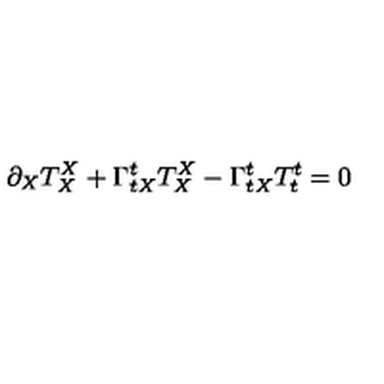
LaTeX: \partial _ { X } T _ { X } ^ { X } + \Gamma _ { t X } ^ { t } T _ { X } ^ { X } - \Gamma _ { t X } ^ { t } T _ { t } ^ { t } = 0